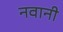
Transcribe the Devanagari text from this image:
नवानी